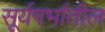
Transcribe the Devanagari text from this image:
सूर्यगर्भातील